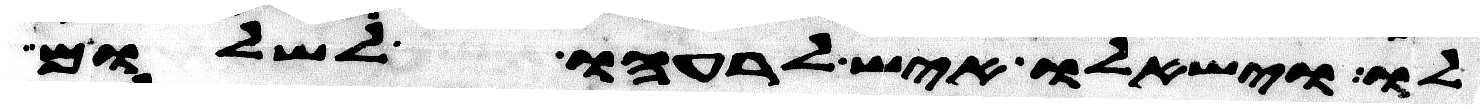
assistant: לו וישאלו איש לרעהו לשלום